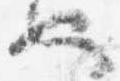
也